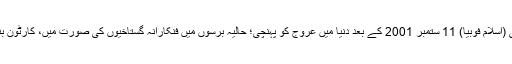
سب جانتے ہیں کہ اسلام سے دنیاوالوں کو خوفزدہ کرنے کی پالیسی (اسلام فوبیا) 11 ستمبر 2001 کے بعد دنیا میں عروج کو پہنچی؛ حالیہ برسوں میں فنکارانہ گستاخیوں کی صورت میں، کارٹون بنانے، قرآن سوزی اور فلم بنانے کی صورت میں نمودار ہوتی رہی۔